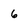
Character: 6